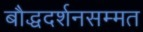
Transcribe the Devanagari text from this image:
बौद्धदर्शनसम्मत